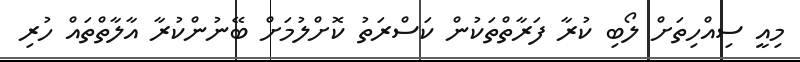
މިއީ ސިއްހިތަށް ލޯބި ކުރާ ފަރާތްތަކުން ކަސްރަތު ކޮށްލުމަށް ބޭނުންކުރާ އާލާތްތައް ހުރި